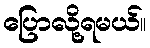
ပြောလို့ရမယ်။